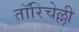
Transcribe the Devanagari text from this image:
तॉरिचेल्ली